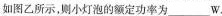
如图乙所示，则小灯泡的额定功率为___W。